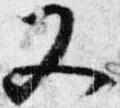
又